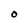
Character: O